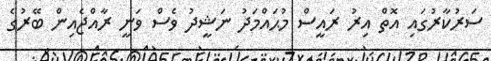
ސަރުކާރުގައި އޮތް އިރު ރައީސް މުޙައްމަދު ނަޝީދު ވެސް ވަނީ ރާއްޖެއިން ބޭރުގެ